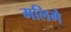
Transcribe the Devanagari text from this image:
मलिगै